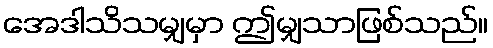
အေဒါသိသမျှမှာ ဤမျှသာဖြစ်သည်။